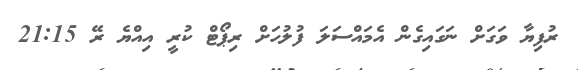
ރުފިޔާ ވަގަށް ނަގައިގެން އެމައްސަލަ ފުލުހަށް ރިޕޯޓް ކުރީ އިއްޔެ ރޭ 21:15